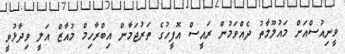
ވީނިއުސްއަށް މައުލޫމާތު ދެއްވަމުން ރައީސް އޮފީހުގެ ތަރުޖަމާން އިބްރާހިމް މުއާޒް އަލީ ވިދާޅުވީ